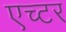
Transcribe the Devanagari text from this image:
एच्टर